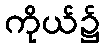
ကိုယ်၌